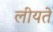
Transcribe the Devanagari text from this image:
लीयते